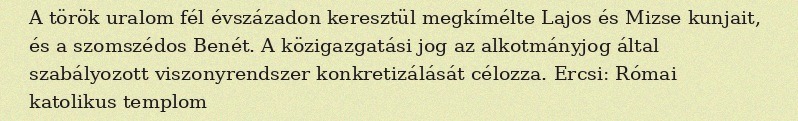
A török uralom fél évszázadon keresztül megkímélte Lajos és Mizse kunjait, és a szomszédos Benét. A közigazgatási jog az alkotmányjog által szabályozott viszonyrendszer konkretizálását célozza. Ercsi: Római katolikus templom